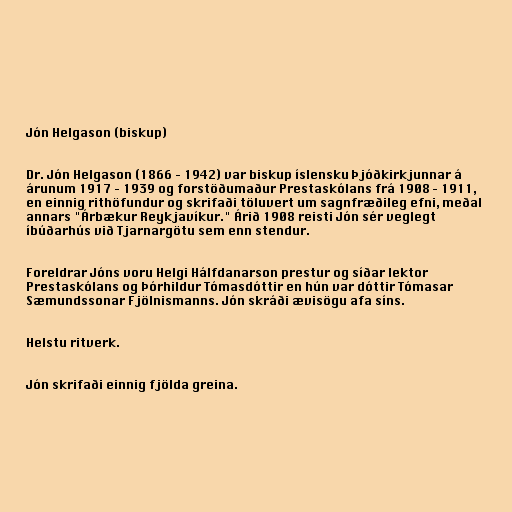
Jón Helgason (biskup)

Dr. Jón Helgason (1866 – 1942) var biskup íslensku Þjóðkirkjunnar á
árunum 1917 – 1939 og forstöðumaður Prestaskólans frá 1908 – 1911,
en einnig rithöfundur og skrifaði töluvert um sagnfræðileg efni, meðal
annars "Árbækur Reykjavíkur." Árið 1908 reisti Jón sér veglegt
íbúðarhús við Tjarnargötu sem enn stendur.

Foreldrar Jóns voru Helgi Hálfdanarson prestur og síðar lektor
Prestaskólans og Þórhildur Tómasdóttir en hún var dóttir Tómasar
Sæmundssonar Fjölnismanns. Jón skráði ævisögu afa síns.

Helstu ritverk.

Jón skrifaði einnig fjölda greina.